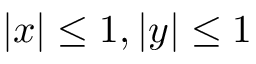
| x | \leq 1 , | y | \leq 1